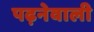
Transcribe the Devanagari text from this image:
पढ़नेवाली